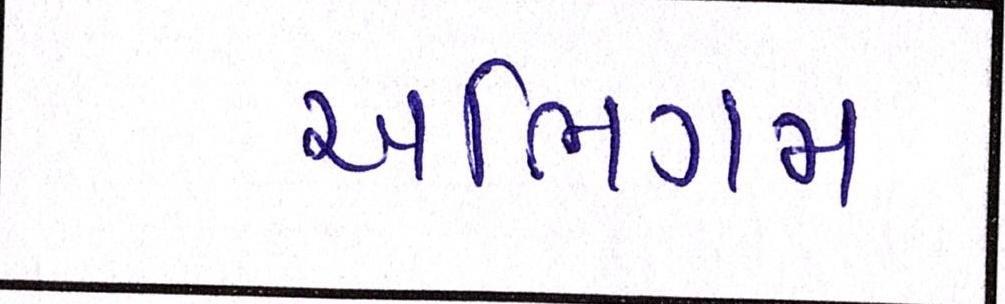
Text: અભિગમ